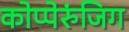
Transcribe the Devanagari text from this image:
कोप्पेरुंजिग